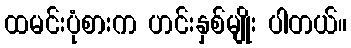
ထမင်းပုံစားက ဟင်းနှစ်မျိုး ပါတယ်။